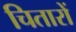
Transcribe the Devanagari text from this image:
चितारों